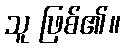
သူ ဖြစ်၏။